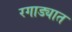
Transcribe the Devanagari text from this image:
रगाड्यात